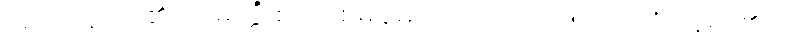
အရှင်သူဌေး၏။ သမ္ပတ္တိံ၊ စည်း စိမ်ချမ်းသာကို။ ကဏှေယျာတိ၊ ယူရာ၏ဟု။